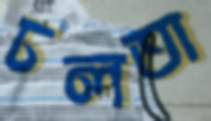
ঢলতা